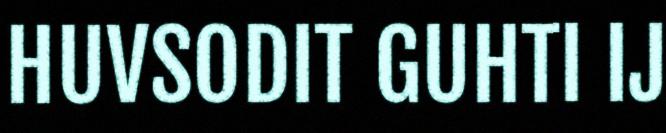
HUVSODIT GUHTI IJ